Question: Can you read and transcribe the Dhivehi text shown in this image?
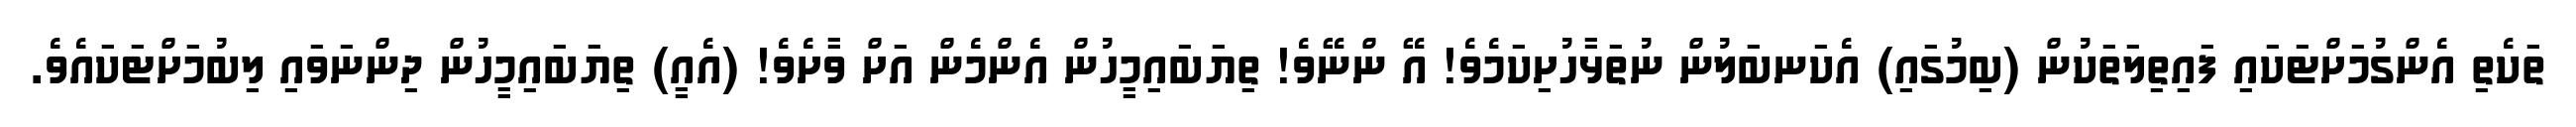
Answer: ތަކެތި އެންގުމަށްޓަކައި ފައިތިލަތަކުން (ބިމުގައި) އެކަނބަލުން ނުތަޅާހުށިކަމެވެ! އޭ ންނޭވެ! ތިޔަބައިމީހުން އެންމެން އަށް ވާށެވެ! (އެއީ) ތިޔަބައިމީހުން ދިންނަވައި ލިބުމަށްޓަކައެވެ.